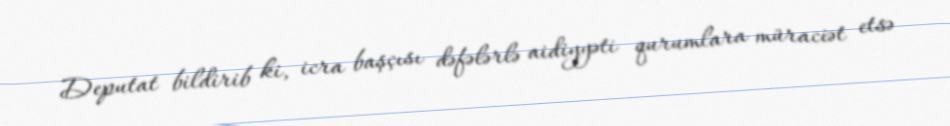
Deputat bildirib ki, icra başçısı dəfələrlə aidiyyəti qurumlara müraciət etsə